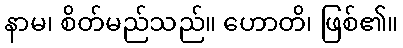
နာမ၊ စိတ်မည်သည်။ ဟောတိ၊ ဖြစ်၏။